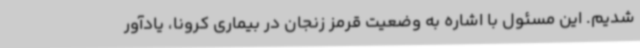
شدیم. این مسئول با اشاره به وضعیت قرمز زنجان در بیماری کرونا، یادآور